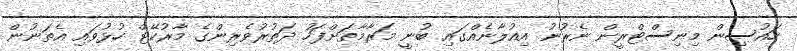
ހައުސިން މިނިސްޓްރީން ނެރުނު އިއުލާނެއްގައި ބުނީ މަރާމާތަށްފަހު ދަތުރުވެރިންގެ މާރުކޭޓް ހުޅުވައި އެތަނުން